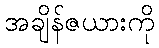
အချိန်ဇယားကို